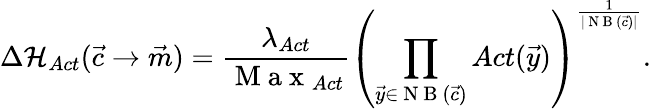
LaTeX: \Delta\mathcal{H}_{Act}(\vec{c}\rightarrow\vec{m})=\frac{\lambda_{Act}}{\mathrm{~M~a~x~}_{Act}}\left(\prod_{\vec{y}\in\mathrm{~N~B~}(\vec{c})}Act(\vec{y})\right)^{\frac{1}{|\mathrm{~N~B~}(\vec{c})|}}.